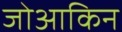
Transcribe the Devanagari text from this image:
जोआकिन